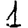
Digit: 1